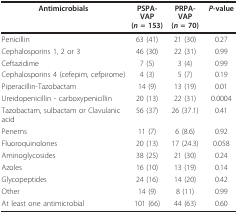
<table><thead><tr><td><b>Antimicrobials</b></td><td><b>PSPA-VAP(<i>n </i>= 153)</b></td><td><b>PRPA-VAP(<i>n </i>= 70)</b></td><td><b><i>P</i>-value</b></td></tr></thead><tbody><tr><td>Penicillin</td><td>63 (41)</td><td>21 (30)</td><td>0.27</td></tr><tr><td>Cephalosporins 1, 2 or 3</td><td>46 (30)</td><td>22 (31)</td><td>0.99</td></tr><tr><td>Ceftazidime</td><td>7 (5)</td><td>3 (4)</td><td>0.99</td></tr><tr><td>Cephalosporins 4 (cefepim, cefpirome)</td><td>4 (3)</td><td>5 (7)</td><td>0.19</td></tr><tr><td>Piperacillin-Tazobactam</td><td>14 (9)</td><td>13 (19)</td><td>0.01</td></tr><tr><td>Ureidopenicillin - carboxypenicillin</td><td>20 (13)</td><td>22 (31)</td><td>0.0004</td></tr><tr><td>Tazobactam, sulbactam or Clavulanic acid</td><td>56 (37)</td><td>26 (37.1)</td><td>0.41</td></tr><tr><td>Penems</td><td>11 (7)</td><td>6 (8.6)</td><td>0.92</td></tr><tr><td>Fluoroquinolones</td><td>20 (13)</td><td>17 (24.3)</td><td>0.058</td></tr><tr><td>Aminoglycosides</td><td>38 (25)</td><td>21 (30)</td><td>0.24</td></tr><tr><td>Azoles</td><td>16 (10)</td><td>13 (19)</td><td>0.14</td></tr><tr><td>Glycopeptides</td><td>24 (16)</td><td>14 (20)</td><td>0.42</td></tr><tr><td>Other</td><td>14 (9)</td><td>8 (11)</td><td>0.99</td></tr><tr><td>At least one antimicrobial</td><td>101 (66)</td><td>44 (63)</td><td>0.60</td></tr></tbody></table>